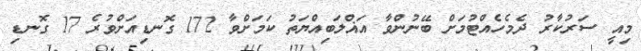
މިއީ ސަރުކާރު ދެމެހެއްޓުމަށް ބޭނުންވާ އަޣްލަބިއްޔަތު ކަމަށްވާ 172 ގޮނޑިއަށްވުރެ 17 ގޮނޑި